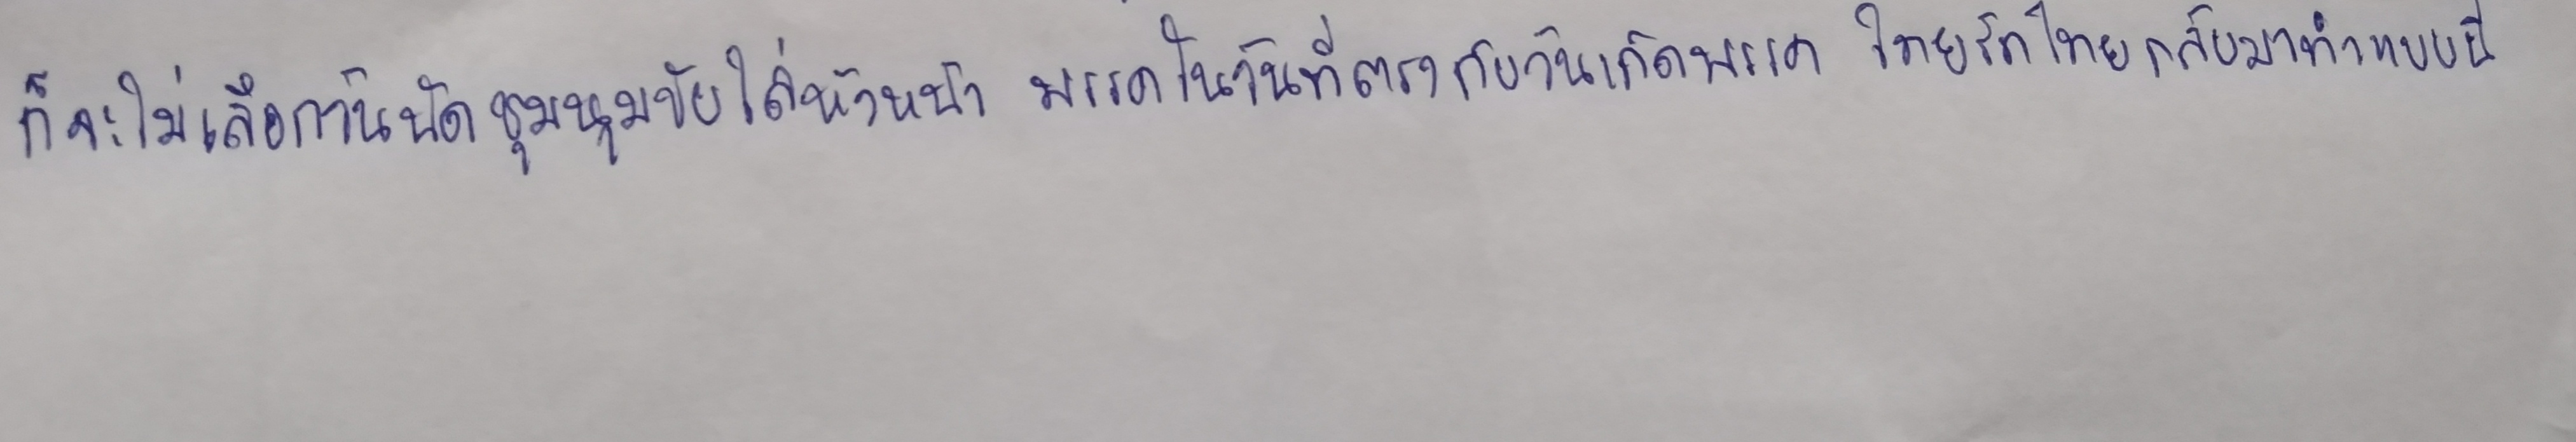
ก็จะไม่เลือกวันนัดชุมนุมขับไล่หัวหน้าพรรคในวันที่ตรงกับวันเกิดพรรคไทยรักไทยกลับมาทำแบบนี้